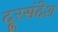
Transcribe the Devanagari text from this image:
दूरसंदेश